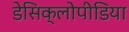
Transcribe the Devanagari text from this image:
डेसिक्लोपीडिया